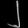
Digit: ၂